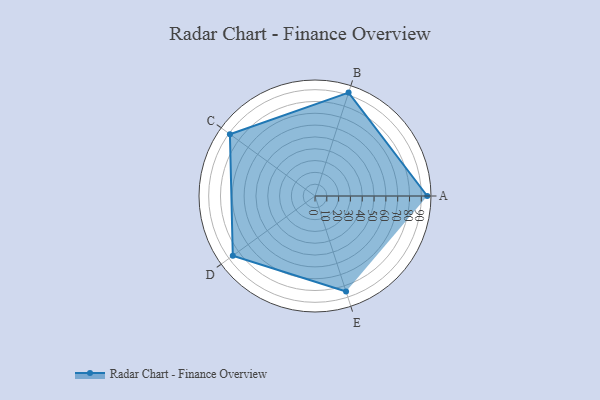
{"axis": {"x": "Skill", "y": "Score"}, "legend": ["Profile"], "data": [{"x": "A", "y": 95.0, "type": "Profile"}, {"x": "B", "y": 92.0, "type": "Profile"}, {"x": "C", "y": 89.0, "type": "Profile"}, {"x": "D", "y": 86.0, "type": "Profile"}, {"x": "E", "y": 85.0, "type": "Profile"}]}